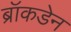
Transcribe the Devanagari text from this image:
ब्रॉकडेन